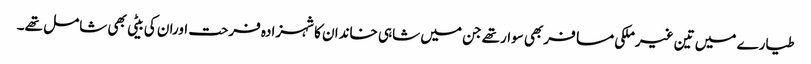
طیارے میں تین غیرملکی مسافربھی سوارتھے جن میں شاہی خاندان کاشہزادہ فرحت اوران کی بیٹی بھی شامل تھے۔